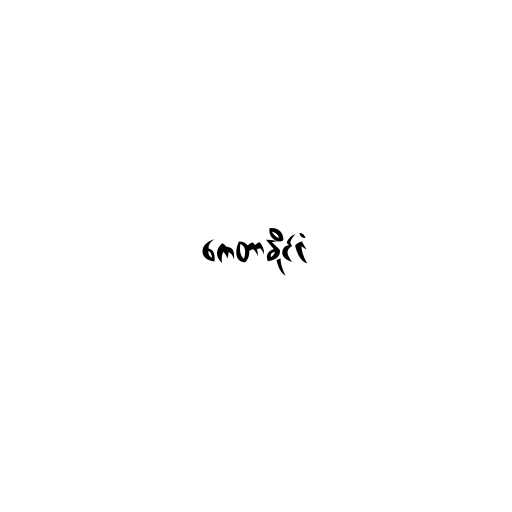
ကေတာနိုင်ငံ